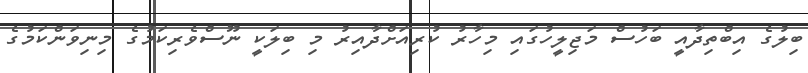
ބިލުގެ އިބްތިދާއީ ބަހުސް މަޖިލީހުގައި މިހާރު ކުރިއަށްދާއިރު މި ބިލަކީ ނޫސްވެރިކަމުގެ މިނިވަންކަމުގެ